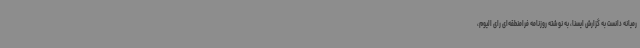
رمیانه دانست به گزارش ایسنا، به نوشته روزنامه فرامنطقه‌ای رای الیوم،